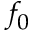
f _ { 0 }